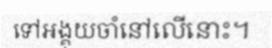
ទៅអង្គុយចាំនៅលើនោះ។